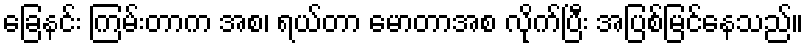
ခြေနင်း ကြမ်းတာက အစ၊ ရယ်တာ မောတာအစ လိုက်ပြီး အပြစ်မြင်နေသည်။